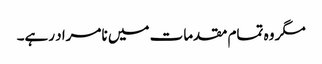
مگر وہ تمام مقدمات میں نامراد رہے۔